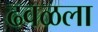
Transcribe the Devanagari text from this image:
ढवळला